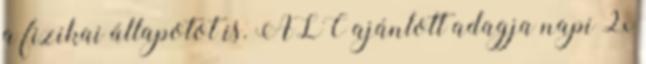
a fizikai állapotot is. ALC ajánlott adagja napi 2x